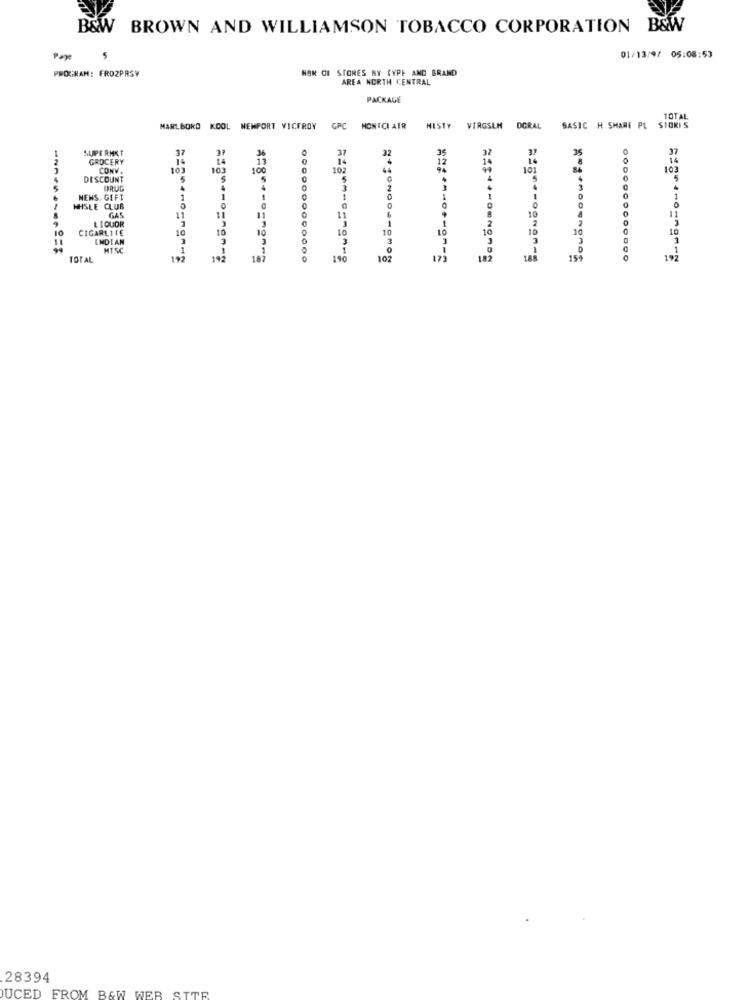
B&W BROWN AND WILLIAMSON TOBACCO CORPORATION B&W
Page
5
01/13/4/ 05:08:53
NON CI STORES BY CYPE AND BRAND
PROGRAM: FROZPRSY
AREA NORTH CENTRAL
PACKAGE
TOTAL
MARLBORD KCOL
NEWPORT VICEROY
GPC
HONTCI AIR
NISTY VIRGSLM DORAL BASIC H SHARE PL SIOKIS
SUPERMKT
3
GROCERY
37
14
12
37
14
CONV.
103
DISCOUNT
DRUG
NENS, GIFT
1
HHSLE CLUB
GAS
LIQUOR
11
10
2
CIGARLICE
10
10
10
10
INDIAN
MISC
1
11|11
TOTAL
19
100
102
173
18
188
15
28394
UCED FROM B&W WEB SITE